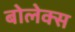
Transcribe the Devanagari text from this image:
बोलेक्स